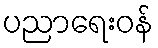
ပညာရေးဝန်